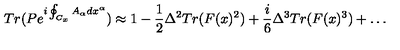
T r ( P e ^ { i \oint _ { C _ { x } } A _ { \alpha } d x ^ { \alpha } } ) \approx 1 - { \frac { 1 } { 2 } } \Delta ^ { 2 } T r ( F ( x ) ^ { 2 } ) + { \frac { i } { 6 } } \Delta ^ { 3 } T r ( F ( x ) ^ { 3 } ) + \dots